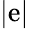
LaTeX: |\mathrm{e}|